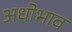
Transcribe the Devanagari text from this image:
अधोभाव